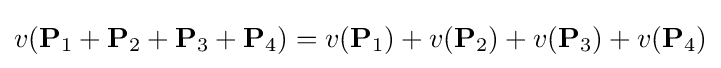
v(\mathbf {P} _{1}+\mathbf {P} _{2}+\mathbf {P} _{3}+\mathbf {P} _{4})=v(\mathbf {P} _{1})+v(\mathbf {P} _{2})+v(\mathbf {P} _{3})+v(\mathbf {P} _{4})